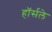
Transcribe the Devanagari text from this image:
हॉर्सले